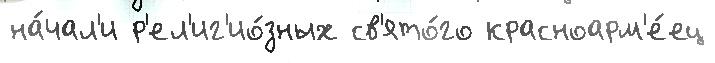
на́чал'и р'ел'иг'ио́зных св'ято́го красноарм'е́ец